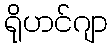
ရိုဟင်ဂျာ